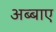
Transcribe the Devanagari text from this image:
अब्बाए